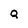
Character: Q